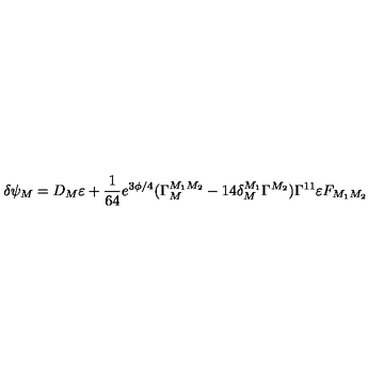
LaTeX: \delta \psi _ { M } = D _ { M } \varepsilon + { \frac { 1 } { 6 4 } } e ^ { 3 \phi / 4 } ( \Gamma _ { M } ^ { M _ { 1 } M _ { 2 } } - 1 4 \delta _ { M } ^ { M _ { 1 } } \Gamma ^ { M _ { 2 } } ) \Gamma ^ { 1 1 } \varepsilon F _ { M _ { 1 } M _ { 2 } }